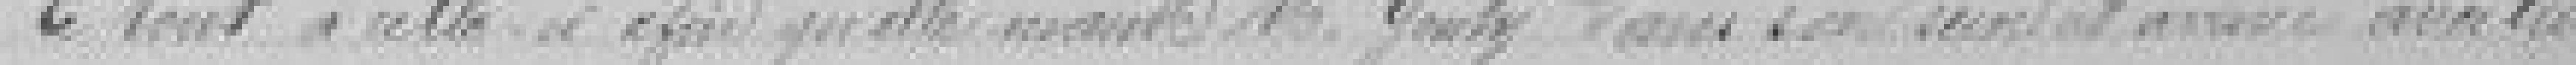
le tout à celle-ci afin qu'elle ? Monsieur GANTY dans son intérêt et avoir ???